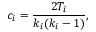
c _ { i } = \frac { 2 T _ { i } } { k _ { i } ( k _ { i } - 1 ) } ,